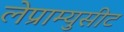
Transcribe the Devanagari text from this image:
लेप्राम्युसीट